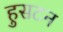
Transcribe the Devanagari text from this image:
हुसटन